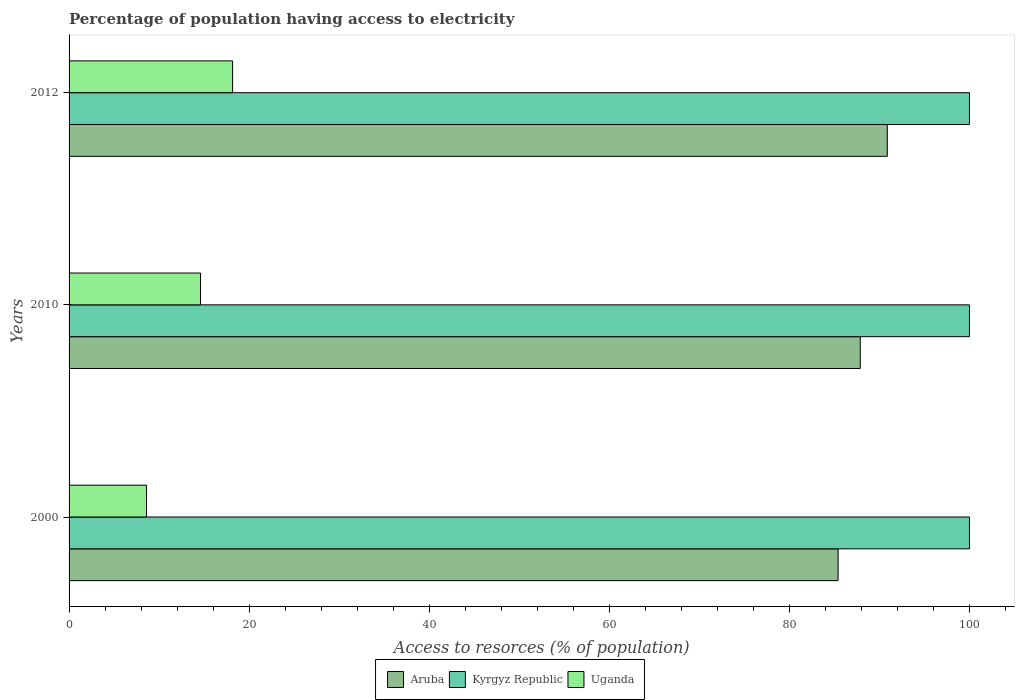
| Years | Aruba | Kyrgyz Republic | Uganda |
 | --- | --- | --- | --- |
 | 2000 | 85.4 | 100 | 8.6 |
 | 2010 | 87.9 | 100 | 14.6 |
 | 2012 | 90.9 | 100 | 18.2 |